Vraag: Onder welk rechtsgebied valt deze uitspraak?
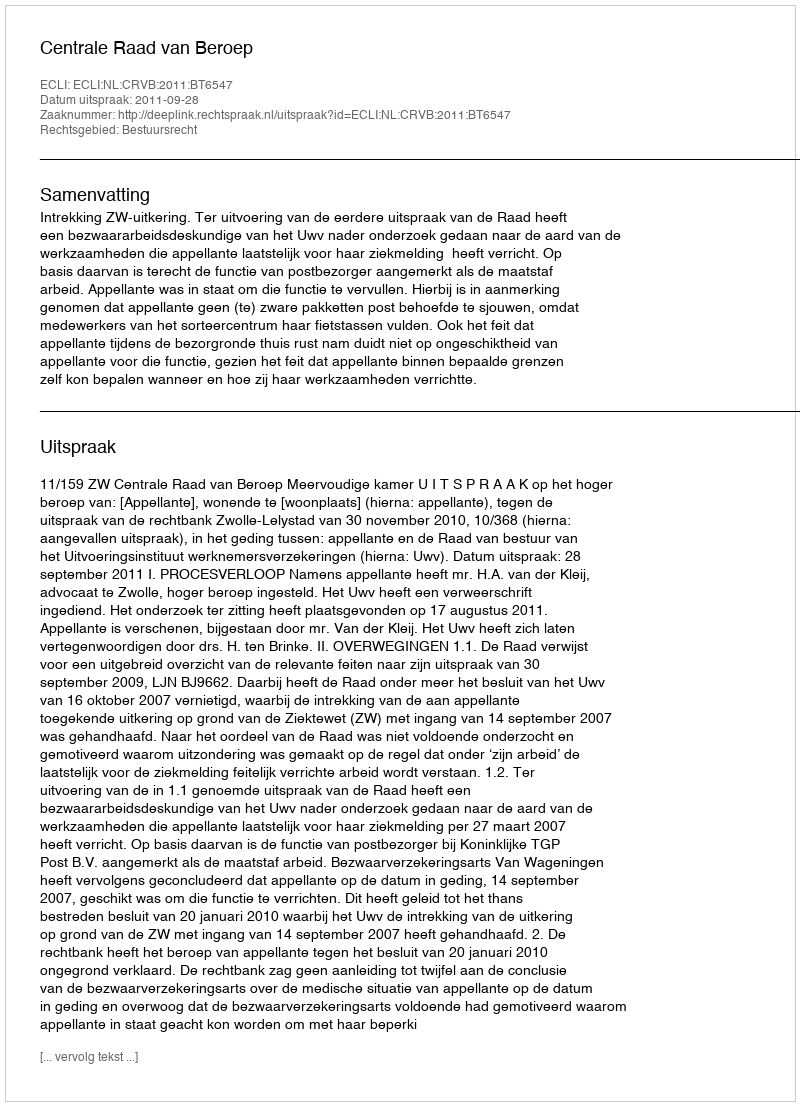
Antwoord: Bestuursrecht